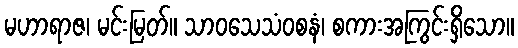
မဟာရာဇ၊ မင်းမြတ်။ သာဝသေသံဝစနံ၊ စကားအကြွင်းရှိသော။